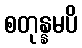
စတုန္နမပိ